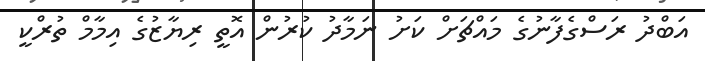
އަބްދު ރަސްގެފާނުގެ މައްޗަށް ކަށު ނަމާދު ކުރުން އޮތީ ރިޔާޒުގެ އިމާމް ތުރްކީ